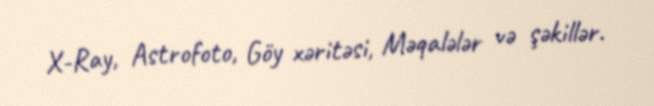
X-Ray, Astrofoto, Göy xəritəsi, Məqalələr və şəkillər.